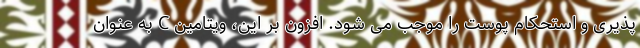
پذیری و استحکام پوست را موجب می شود. افزون بر این، ویتامین C به عنوان